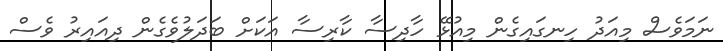
ނަމަވެސް މިއަދު ހިނގައިގެން މިއުޅޭ ހާދިސާ ކާރިސާ އަކަށް ބަދަލުވެގެން ދިއައިރު ވެސް